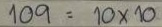
109 = 10 x 10